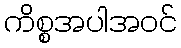
ကိစ္စအပါအဝင်